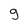
Character: g